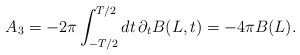
\begin{align*}A_3 = -2 \pi \int_{-T/2}^{T/2} dt\, \partial_t B(L,t)=-4\pi B(L).\end{align*}